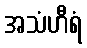
အသံဟီရံ